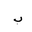
Letter: _ba